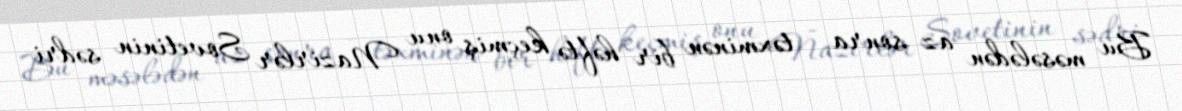
Bu məsələdən az sonra - təxminən bir həftə keçmiş onu Nazirlər Sovetinin sədri